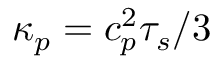
\kappa _ { p } = c _ { p } ^ { 2 } \tau _ { s } / 3